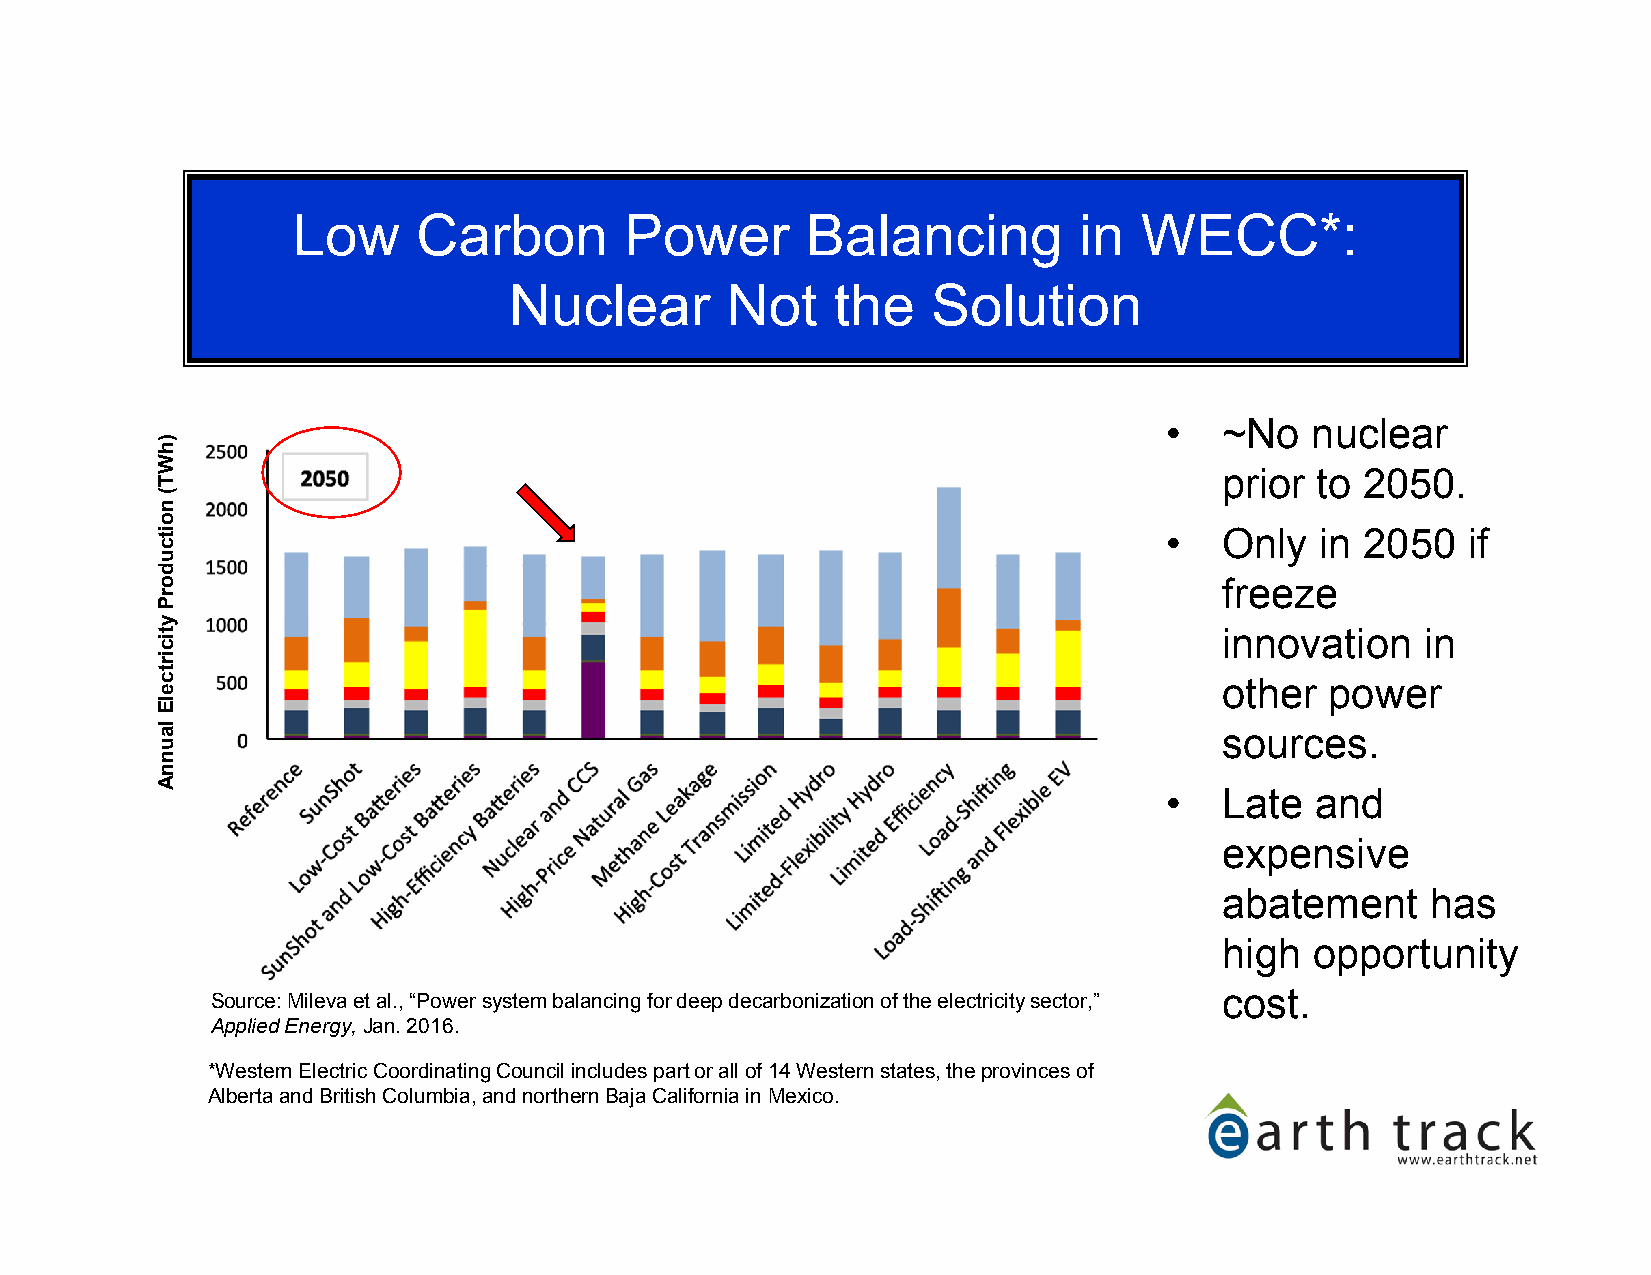
Low      Carbon       Power       Balancing         in  WECC*:
 Nuclear       Not    the    Solution
 •   ~No   nuclear
 prior to 2050.
 •   Only  in 2050   if
 freeze
 innovation   in
 other  power
 sources.
 •   Late  and
 expensive
 abatement     has
 high  opportunity
 cost.
 Source: Milevaet al., “Power system balancing for deep decarbonizationof the electricity sector,”
 Applied Energy,Jan. 2016.
 *Western Electric Coordinating Council includes part or all of 14 Western states, the provinces of
 Alberta and British Columbia, and northern Baja California in Mexico.
 )hWT(
 noitcudorP
 yticirtcelE
 launnA